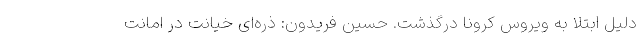
دلیل ابتلا به ویروس کرونا درگذشت. حسین فریدون: ذره‌ای خیانت در امانت